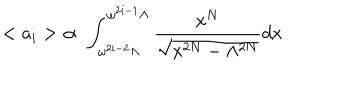
< a _ { i } > \; \propto \; \int _ { \omega ^ { 2 i - 2 } \Lambda } ^ { \omega ^ { 2 i - 1 } \Lambda } \frac { x ^ { N } } { \sqrt { x ^ { 2 N } - \Lambda ^ { 2 N } } } d x